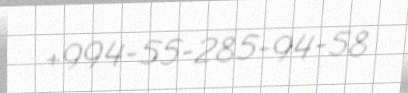
+994-55-285-94-58